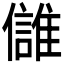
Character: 𩀕